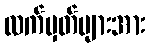
လက်မှတ်များအား